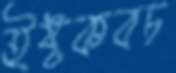
ইষ্টকবচ